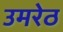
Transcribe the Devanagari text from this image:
उमरेठ